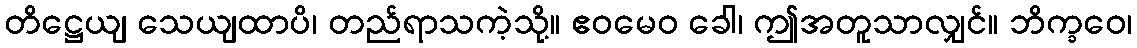
တိဋ္ဌေယျ သေယျထာပိ၊ တည်ရာသကဲ့သို့။ ဧဝမေဝ ခေါ၊ ဤအတူသာလျှင်။ ဘိက္ခဝေ၊